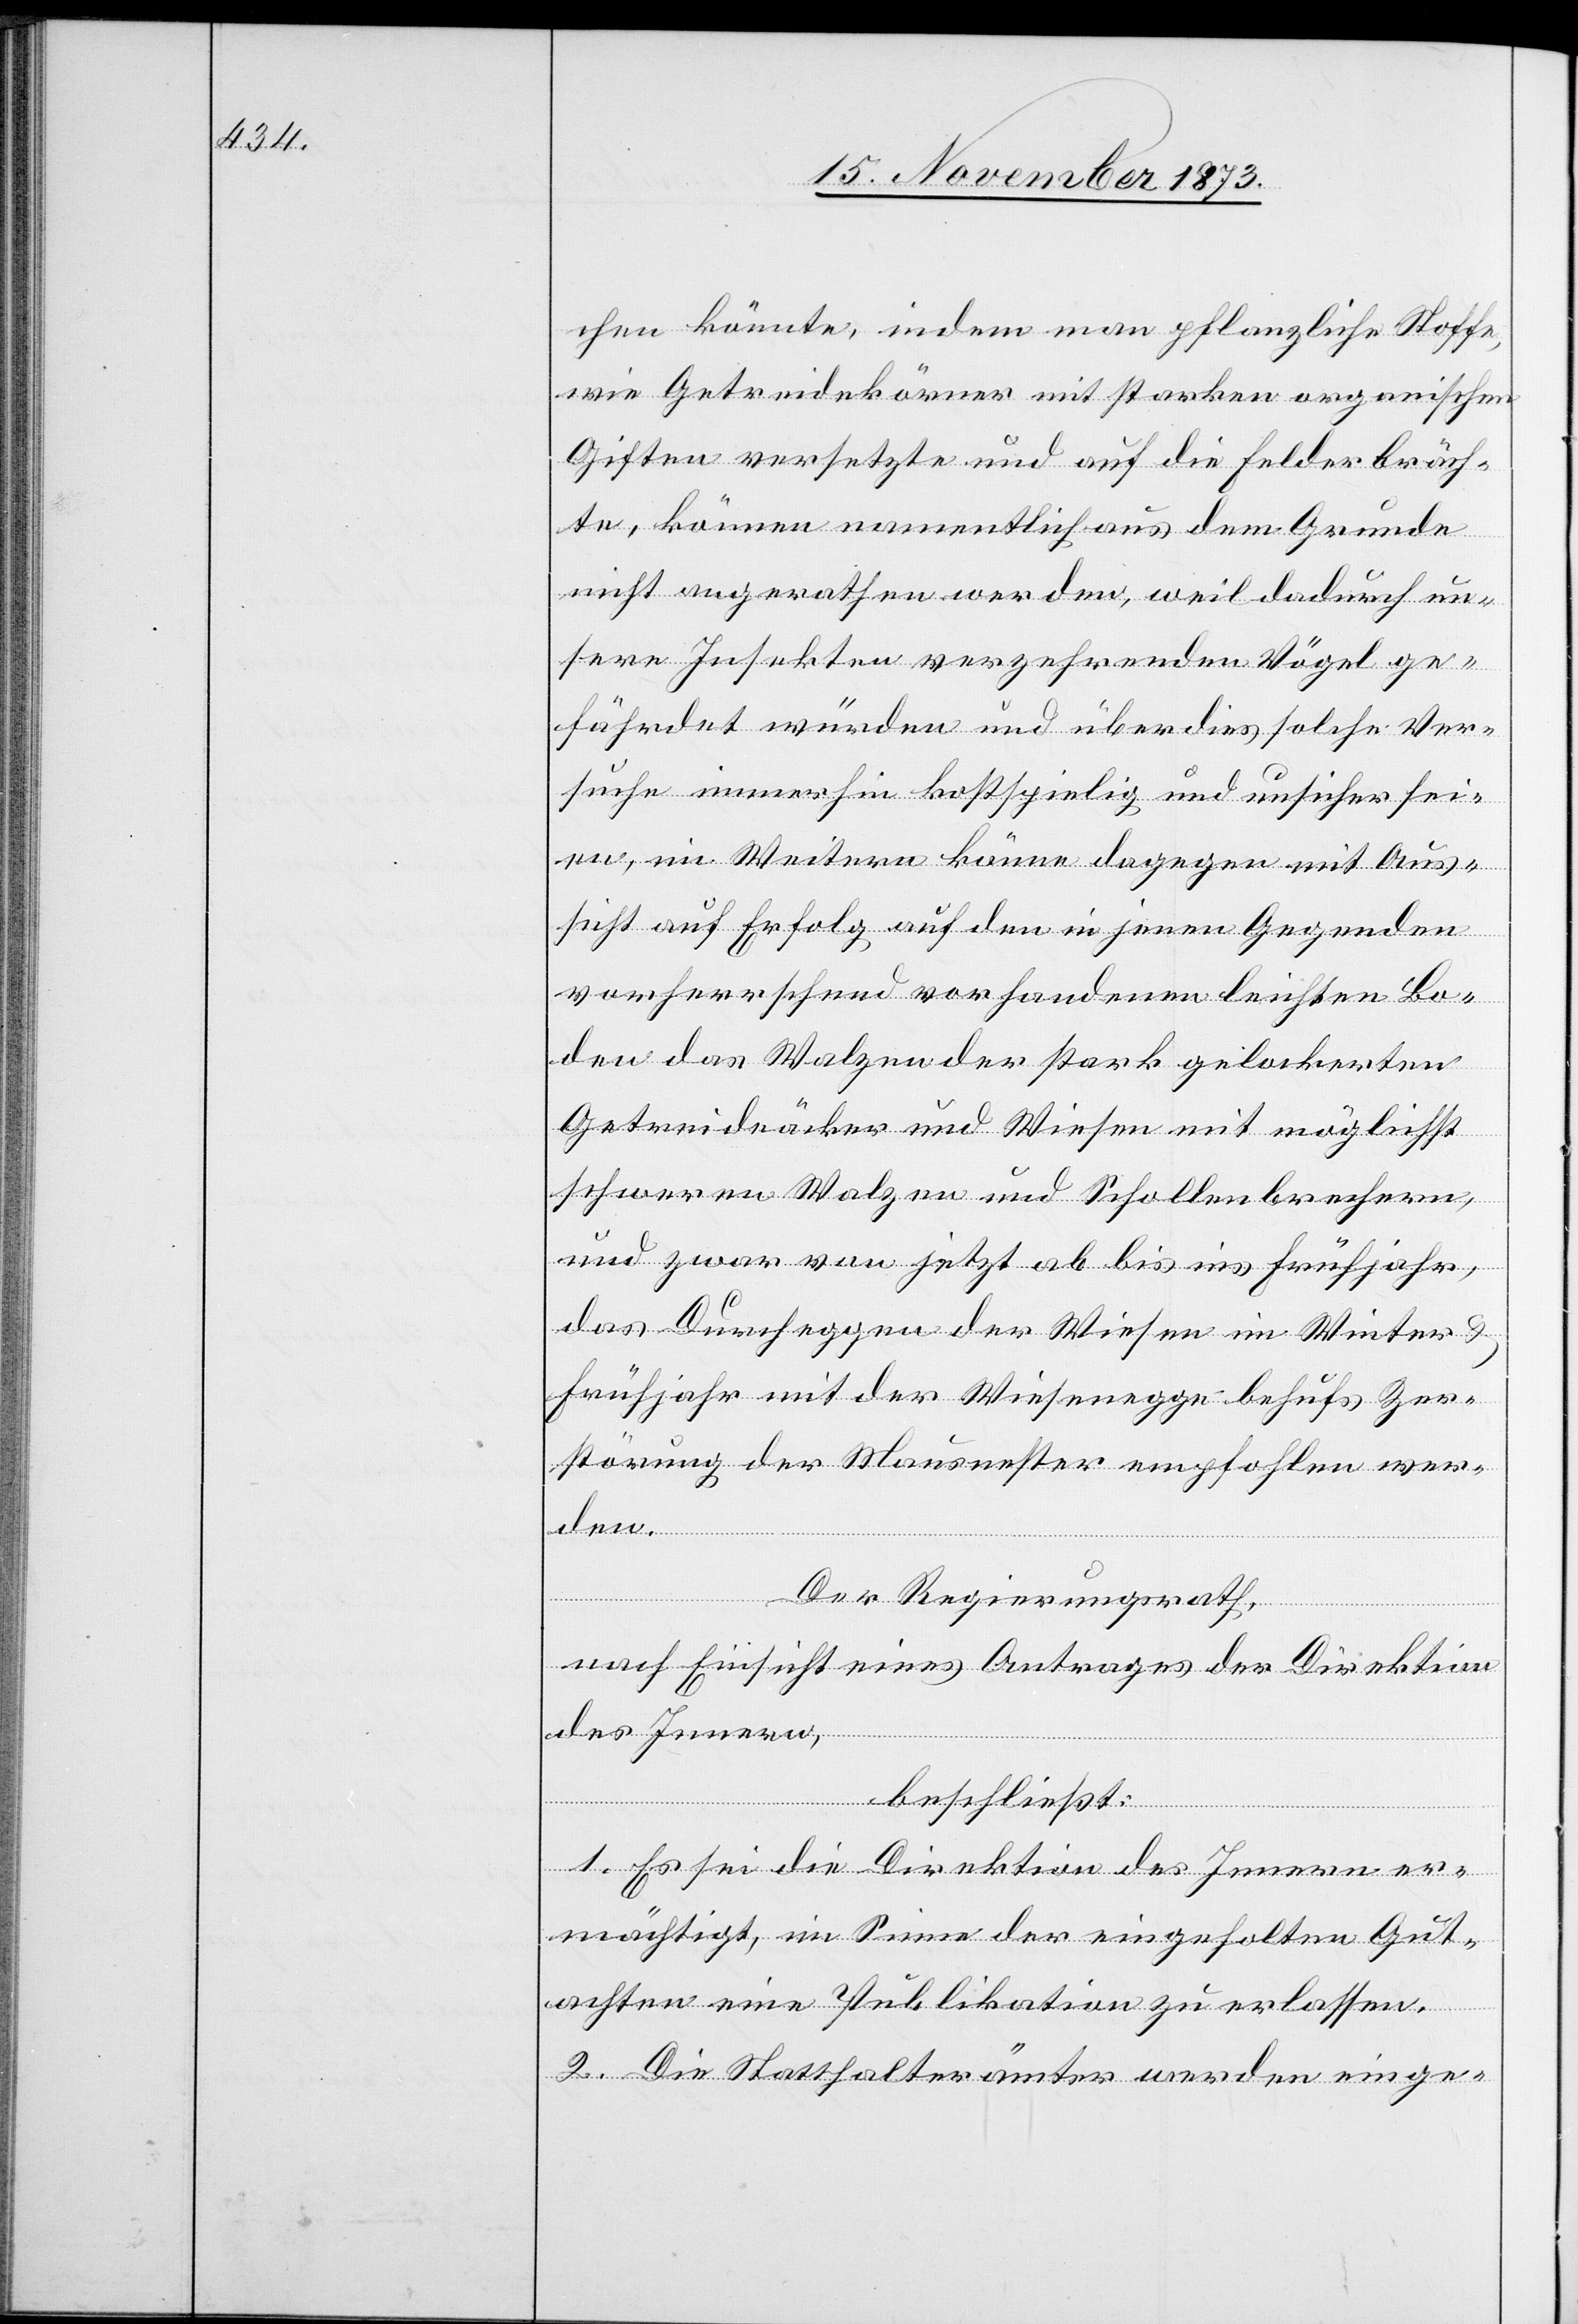
chen könnte, indem man pflanzliche Stoffe,
wie Getreidekörner mit starken organischen
Giften versetzte und auf die Felder bräch¬
te, können namentlich aus dem Grunde
nicht angerathen werden, weil dadurch un¬
sere Insekten verzehrenden Vögel ge¬
fährdet würden und überdies solche Ver¬
suche immerhin kostspielig und unsicher sei¬
en, im Weitern könne dagegen mit Aus¬
sicht auf Erfolg auf den in jenen Gegenden
vorherrschend vorhandenen leichten Bo¬
den das Walzen der stark gelockerten
Getreideäcker und Wiesen mit möglichst
schweren Walzen und Schollenbrechern,
und zwar von jetzt ab bis ins Frühjahr,
das Durcheggen der Wiesen im Winter &
Frühjahr mit der Wiesenegge behufs Zer¬
störung der Mausnester empfohlen wer¬
den.
Der Regierungsrath,
nach Einsicht eines Antrages der Direktion
des Innern,
beschließt:
1. Es sei die Direktion des Innern er¬
mächtigt, im Sinne der eingeholten Gut¬
achten eine Publikation zu erlassen.
2. Die Statthalterämter werden einge-